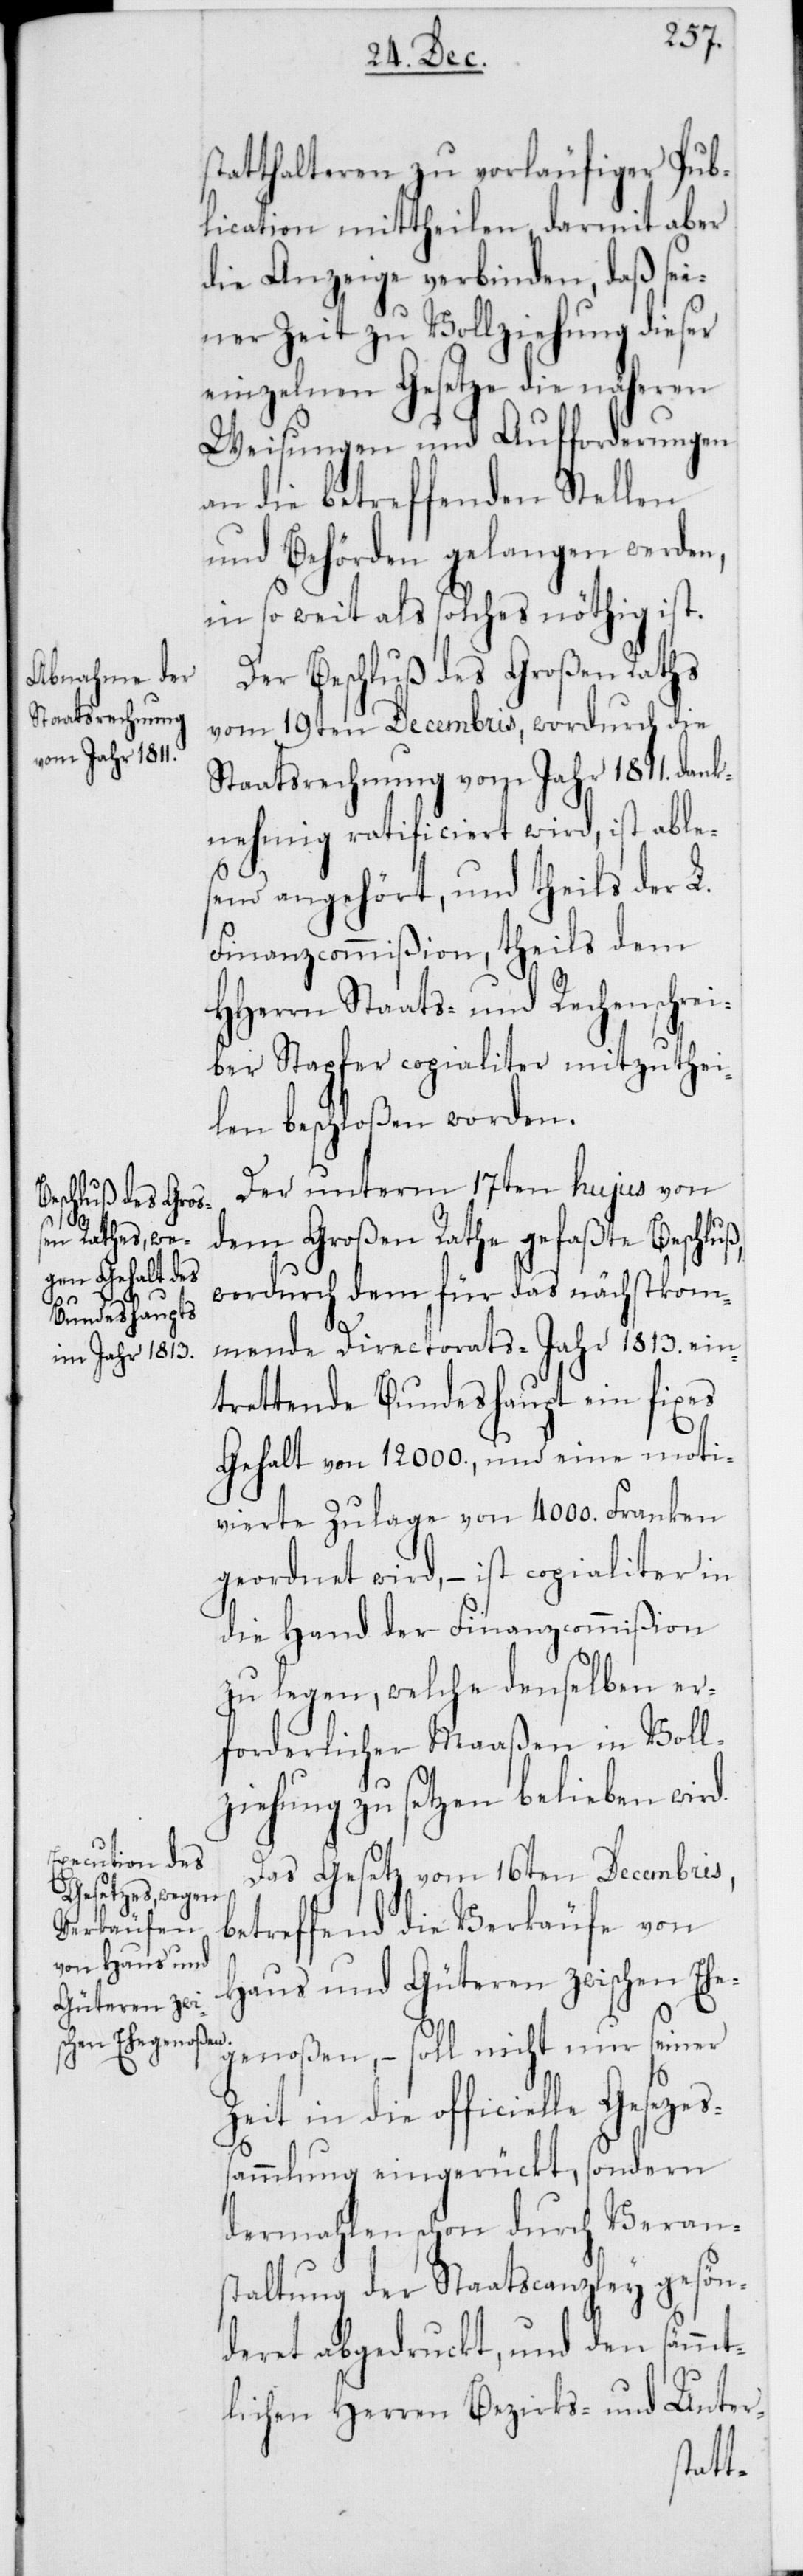
statthalteren zu vorläufiger Pub¬
lication mittheilen, darmit aber
die Anzeige verbinden, daß sei¬
ner Zeit zu Vollziehung dieser
einzelnen Gesetze die näheren
Weisungen und Aufforderungen
an die betreffenden Stellen
und Behörden gelangen werden,
in so weit als solches nöthig ist.
Der Beschluß des Großen Raths
vom 19ten Decembris, wordurch die
Staatsrechnung vom Jahr 1811. dank¬
nehmig ratificiert wird, ist able¬
send angehört, und theils der L.
Finanzcommißion, theils dem
HHerrn Staats- und Rechenschrei¬
ber Stapfer copialiter mitzuthei¬
len beschloßen worden.
Der unterm 17ten hujus von
dem Großen Rathe gefaßte Beschluß,
wordurch dem für das nächstkom¬
Gesetzess¬
mende Directorats-Jahr 1813. ein¬
trettende Bundeshaupt ein fixes
Gehalt von 12 000., und eine moti¬
vierte Zulage von 4000. Franken
geordnet wird, – ist copialiter in
die Hand der Finanzcommißion
zu legen, welche denselben er¬
forderlicher Maaßen in Voll¬
ziehung zu setzen belieben wird.
Das Gesetz vom 16ten Decembris,
betreffend die Verkäufe von
Haus und Güteren zwischen Ehe¬
genoßen, – soll nicht nur seiner
Zeit in die officielle
ammlung eingerückt, sondern
dermahlen schon durch Veran¬
staltung der Staatscanzley gesön¬
deret abgedruckt, und den sämmt¬
lichen Herren Bezirks- und Unter-